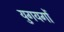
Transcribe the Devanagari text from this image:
युगयगों